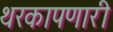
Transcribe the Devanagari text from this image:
थरकापणारी